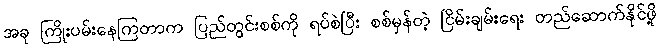
အခု ကြိုးပမ်းနေကြတာက ပြည်တွင်းစစ်ကို ရပ်စဲပြီး စစ်မှန်တဲ့ ငြိမ်းချမ်းရေး တည်ဆောက်နိုင်ဖို့